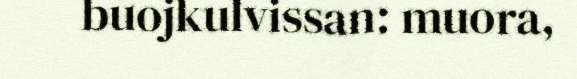
buojkulvissan: muora,